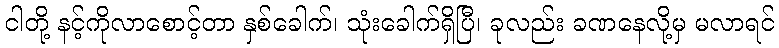
ငါတို့ နင့်ကိုလာစောင့်တာ နှစ်ခေါက်၊ သုံးခေါက်ရှိပြီ၊ ခုလည်း ခဏနေလို့မှ မလာရင်